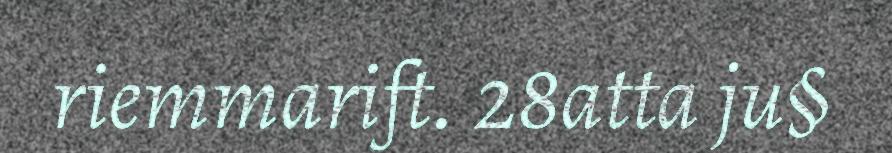
riemmarift. 28atta ju§